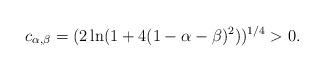
LaTeX: \begin{align*}c_{\alpha,\beta}=(2 \ln (1+4(1-\alpha-\beta)^2))^{1/4}>0.\end{align*}